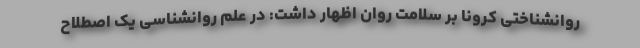
روانشناختی کرونا بر سلامت روان اظهار داشت: در علم روانشناسی یک اصطلاح